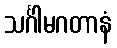
သင်္ဂါမဂတာနံ